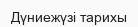
Дүниежүзі тарихы